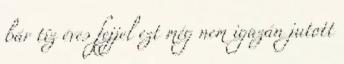
bár tíz éves fejjel ezt még nem igazán jutott